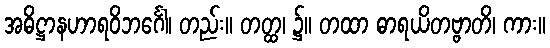
အဓိဋ္ဌာနဟာရဝိဘင်္ဂေါ၊ တည်း။ တတ္ထ၊ ၌။ တထာ ဓာရယိတဗ္ဗာတိ၊ ကား။